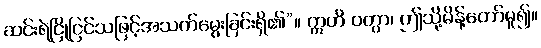
ဆင်းရဲငြိုငြင်သဖြင့်အသက်မွေးခြင်းရှိ၏”။ ဣတိ ဝတွာ၊ ဤသို့မိန့်တော်မူ၍။